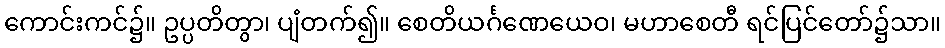
ကောင်းကင်၌။ ဥပ္ပတိတွာ၊ ပျံတက်၍။ စေတိယင်္ဂဏေယေဝ၊ မဟာစေတီ ရင်ပြင်တော်၌သာ။